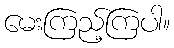
မေးကြည့်ကြပါ။